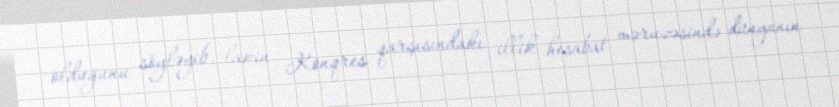
olduğunu söyləyib, lakin Konqres qarşısındakı illik hesabat məruzəsində dünyanın